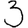
Digit: 3